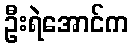
ဦးရဲအောင်က